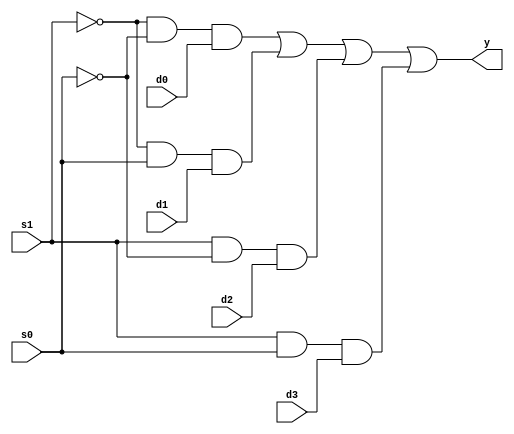
module mux(y,s1,s0,d0,d1,d2,d3);
output y;
input s1,s0,d0,d1,d2,d3;
wire w1,w2,w3,w4,w5,w6;
not g1(w1,s1);
not g2(w2,s0);
and g3(w3,w1,w2,d0);
and g4(w4,w1,s0,d1);
and g5(w5,s1,w2,d2);
and g6(w6,s1,s0,d3);
or g7(y,w3,w4,w5,w6);
endmodule